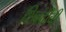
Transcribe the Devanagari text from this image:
शिबंदीची